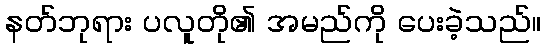
နတ်ဘုရား ပလူတို၏ အမည်ကို ပေးခဲ့သည်။